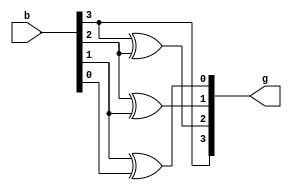
`timescale 1ns / 1ps
module bin2gray(b,g);
input [3:0]b;
output [3:0]g;
buf u1(g[3],b[3]);
xor u2(g[2],b[3],b[2]);
xor u3(g[1],b[2],b[1]);
xor u4(g[0],b[1],b[0]);
endmodule